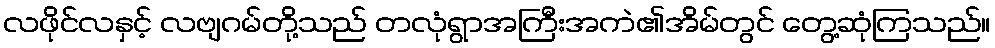
လဖိုင်လနှင့် လဗျဂမ်တို့သည် တလုံရွာအကြီးအကဲ၏အိမ်တွင် တွေ့ဆုံကြသည်။